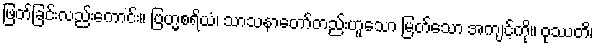
ဖြတ်ခြင်းလည်းကောင်း။ ဗြဟ္မစရိယံ၊ သာသနာတော်တည်းဟူသော မြတ်သော အကျင့်ကို။ ဝုဿတိ၊